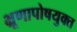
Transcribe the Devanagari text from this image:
भ्रूणापोषयुक्त